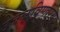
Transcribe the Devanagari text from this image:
उजळविणार्‍या